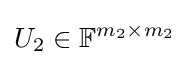
U_{2}\in \mathbb {F} ^{m_{2}\times m_{2}}